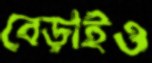
বেড়াইও